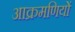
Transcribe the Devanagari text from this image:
आक्रमणियों